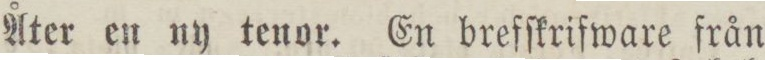
Åter en ny tenor. En brefſkrifware från